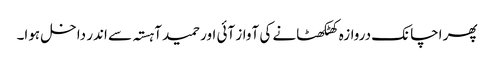
پھر اچانک دروازہ کھٹکھٹانے کی آواز آئی اور حمید آہستہ سے اندر داخل ہوا۔